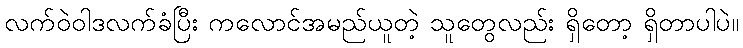
လက်ဝဲဝါဒလက်ခံပြီး ကလောင်အမည်ယူတဲ့ သူတွေလည်း ရှိတော့ ရှိတာပါပဲ။